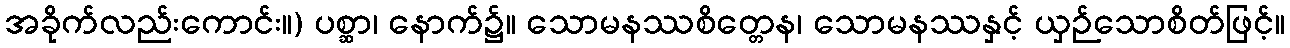
အခိုက်လည်းကောင်း။) ပစ္ဆာ၊ နောက်၌။ သောမနဿစိတ္တေန၊ သောမနဿနှင့် ယှဉ်သောစိတ်ဖြင့်။